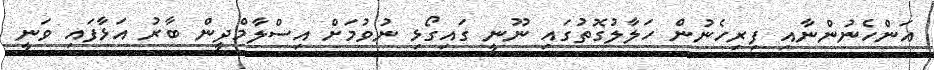
އަންހެނުންނާއި ފިރިހެނުން ހަލާލުގޮތުގައި ނޫނީ ގައިގޯޅި ނުވުމަށް އިސްލާމްދީން ބާރު އަޅާފައި ވަނީ